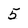
Character: 5